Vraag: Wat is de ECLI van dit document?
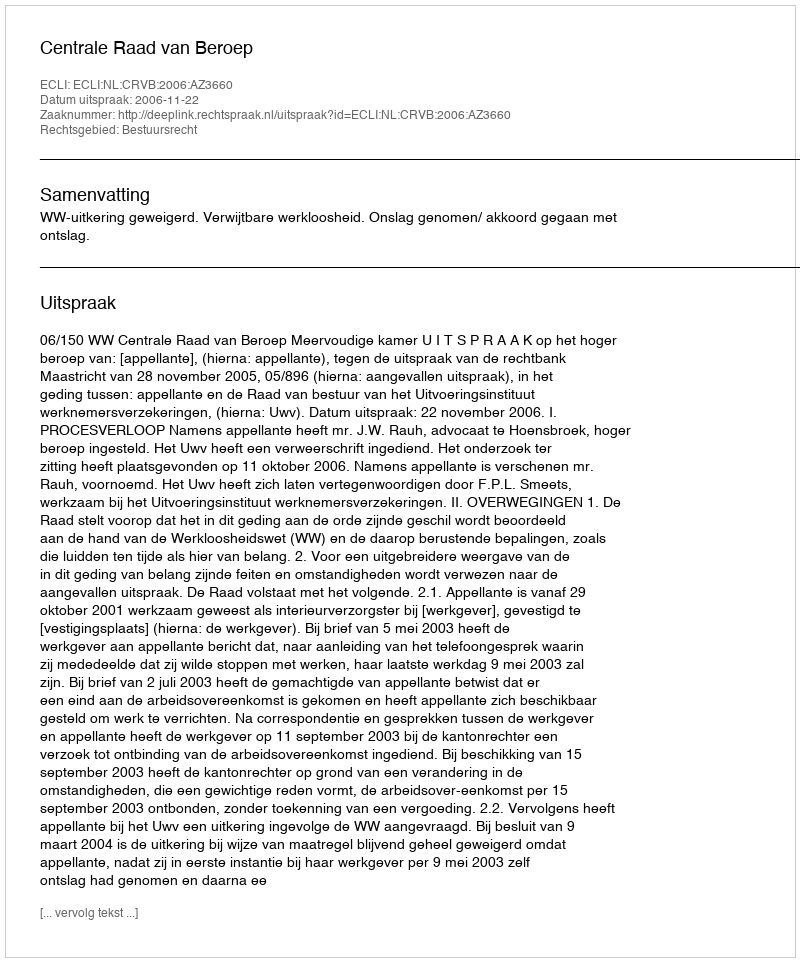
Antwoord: ECLI:NL:CRVB:2006:AZ3660